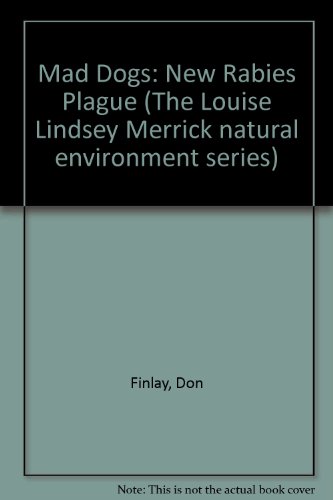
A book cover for Mad Dogs: The New Rabies Plague (Louise Lindsey Merrick Natural Environment Series); Don Finley; Medical Books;